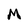
Character: M